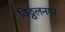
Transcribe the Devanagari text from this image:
विठ्ठलनगर